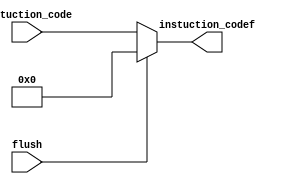
`timescale 1ns / 1ps
//////////////////////////////////////////////////////////////////////////////////
// Company: 
// Engineer: 
// 
// Design Name: 
// Module Name: flush_unit
// Project Name: 
// Target Devices: 
// Tool Versions: 
// Description: 
// 
// Dependencies: 
// 
// Revision:
// Revision 0.01 - File Created
// Additional Comments:
// 
//////////////////////////////////////////////////////////////////////////////////


module flush_unit(
input [31:0]instuction_code,
input flush,
output reg[31:0]instuction_codef
    );
    
    always@(*)
     begin
      if(flush)
       begin
       instuction_codef=0;
       end
       
       else
        instuction_codef=instuction_code;
     end
endmodule